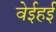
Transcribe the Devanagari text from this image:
वेईहई